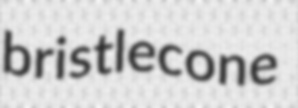
bristlecone